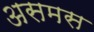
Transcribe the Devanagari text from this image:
असमस